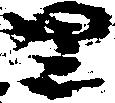
里